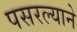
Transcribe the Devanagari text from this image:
पसरल्याने